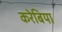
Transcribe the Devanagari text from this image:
करेबिया